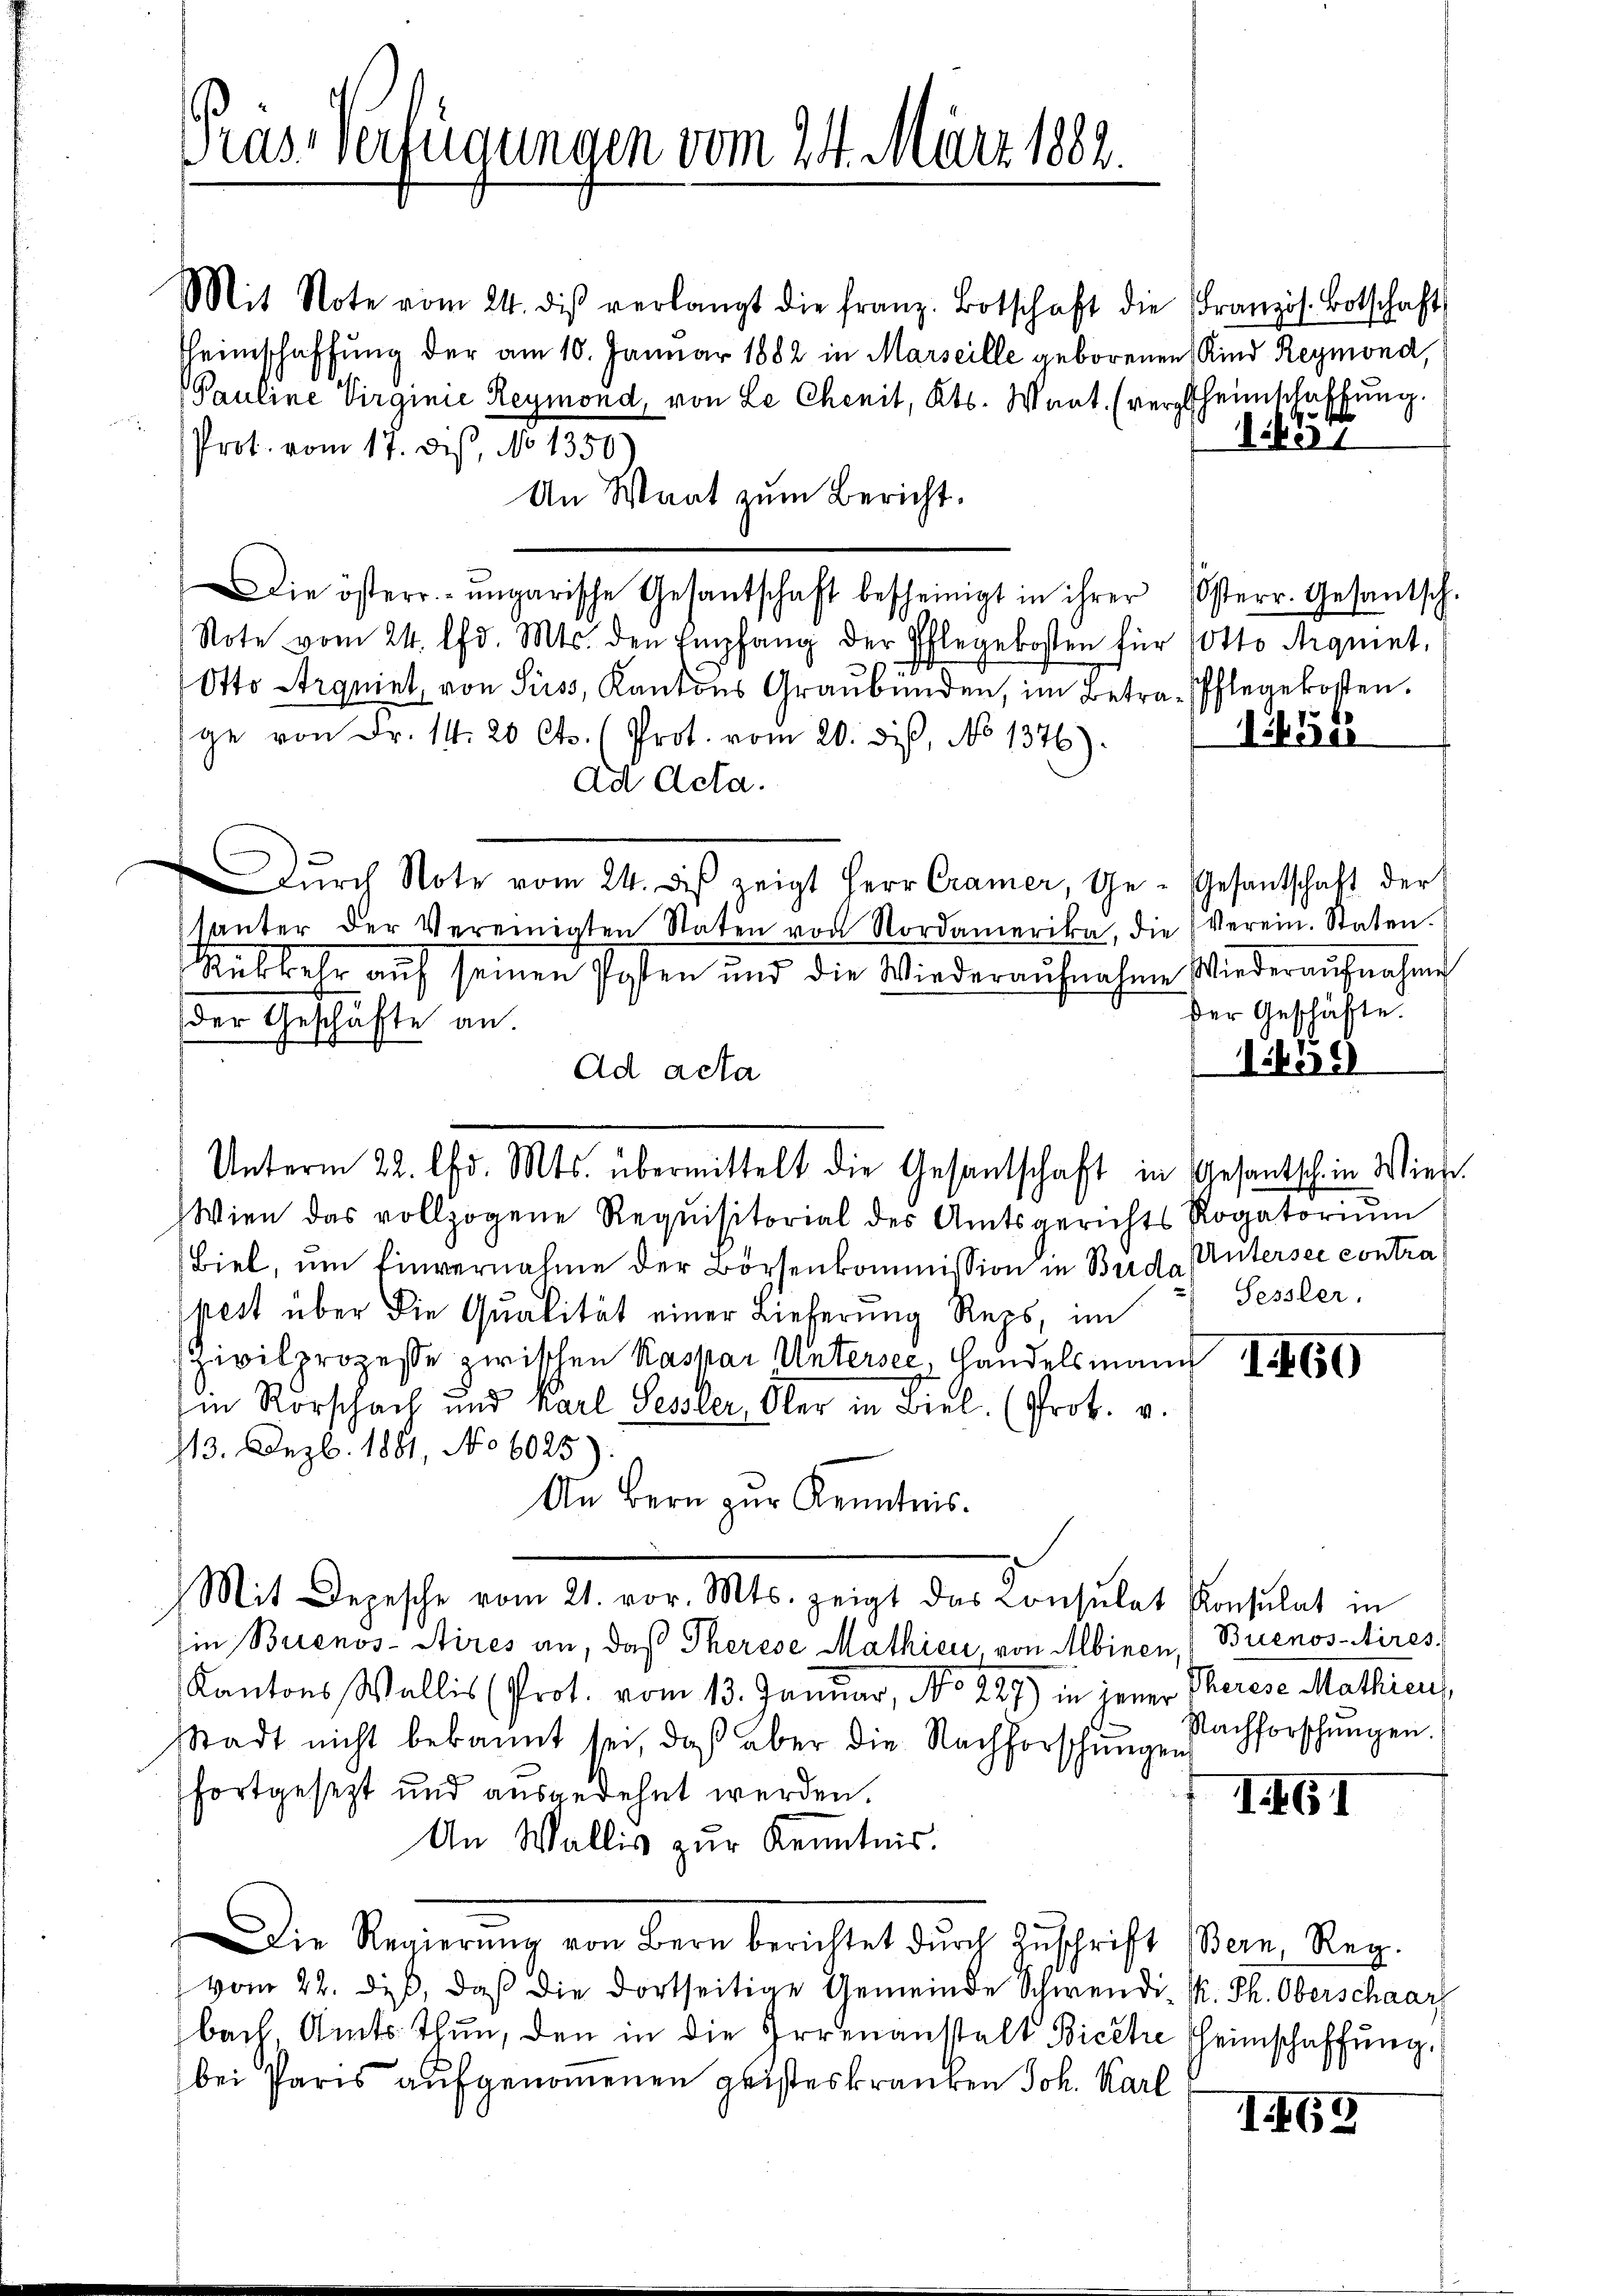
Gras Verfügungen vom 24. März 1882.

Mit Note vom 24. die verlangt die franz. Botschaft die Französ. Botschaft
Heimschaffung der am 10. Januar 1882 in Marseille geborenen Kind Reymond,
Pauline Virginie Reymond, von Le Chenit, Kts. Want. (verglheimschaffung.
Prot. vom 17. des, No 1350
An Wart zum Bericht.
ie österr. ungarische Gesantschaft bescheinigt in ihrer Osterr. Gesantsch.
Note vom 24. lfd. Mts. den Empfang der Pflegekosten für Potto Aequint,
Otto Arqniel, von Suss, Kantons Graubünden, im Betra-Pflegekosten.
ge von Fr. 14. 20 Cts. (Prot. vom 20. dis, No 1376).
ad Acta.
Dŭrch Note vom 24. dβ zeigt Herr Cramer, Ge- Gesantschaft der
tanter der Vereinigten Staten von Nordamerika, die Verein. Staten.
Rükkehr aŭf seinen Posten und die Wiederaŭfnahme Wiederaŭfnahme
der Geschäfte an
Ad acta
Wien das vollzogene Requisitorial des Amtsgerichts Rogatoriŭm
Biel, um Einvernahme der Börsenkommission in Bede Untersee contra¬
Sessler.
pest über die Qualität einer Lieferung Reps, im
Zivilprozeße zwischen Kaspar Untersee, Handelsmann I 456
in Rorschach und Karl Sessler, Ober in Biel. (Prok. v.
113. Dezb. 1861, No 6025
An Bern zur Kenntnis.
Mit Depesche vom 21. vor. Mts. zeigt das Consulat Konsulat in
Ein Buenos-Aires an, daß Therese Mathien, von Albinen, Buenos-Aires,
Kantons Wallis (Prot. vom 13. Januar, No. 289) in jener Therese Mathien,
Nachforschungen.
Stadt nicht bekannt sei, daß aber die Nachforschungen
fortgesezt und ausgedehnt werden.
I61
An Wallis zur Kenntnis.
Die Regierŭng von Bern berichtet dŭrch Zŭschrift (Bern, Reg.
vom 22. dieß, daß die dortseitige Gemeinde Schwendi- K. Ph. Oberschaar
bach Amts Thun, den in die Irrenanstalt Biche Heimschaffung.
bei Paris aufgenommenen geisteskranken Joh. Karl
I 69

Unterm 22. Chr. Mts. übermittelt die Gesantschaft in Gesantsch in Wiese

er1

1251

Der Geschäfte.

1459